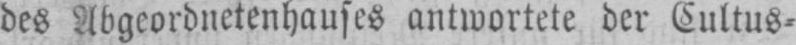
des Abgeordnetenhauses antwortete der Cultus⸗